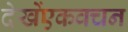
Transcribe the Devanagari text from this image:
देखेंएकवचन